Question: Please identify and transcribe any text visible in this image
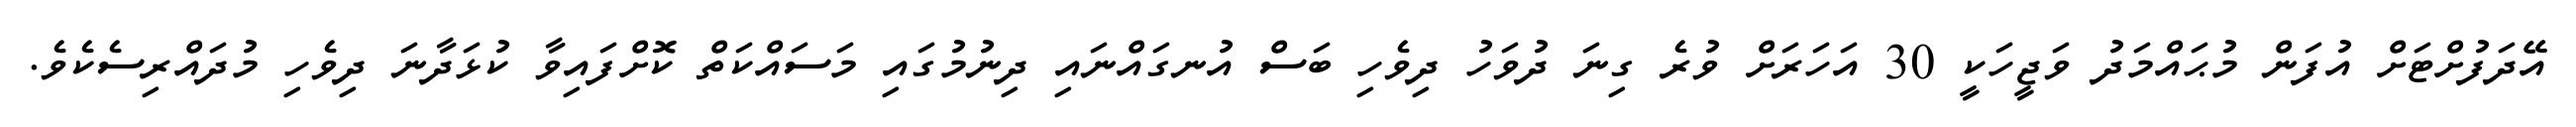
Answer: އޭދަފުށްޓަށް އުފަން މުޙައްމަދު ވަޖީހަކީ 30 އަހަރަށް ވުރެ ގިނަ ދުވަހު ދިވެހި ބަސް އުނގައްނައި ދިނުމުގައި މަސައްކަތް ކޮށްފައިވާ ކުޅަދާނަ ދިވެހި މުދައްރިސެކެވެ.